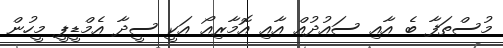
މުސްތަފާ ބެ އާއި ސައުދުއް އާއި އޮމާރިއޯ އަކީ ސީދާ އެމްޑީޕީ މީހުން